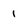
Character: 1